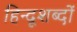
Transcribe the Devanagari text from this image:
हिन्दूशब्दों